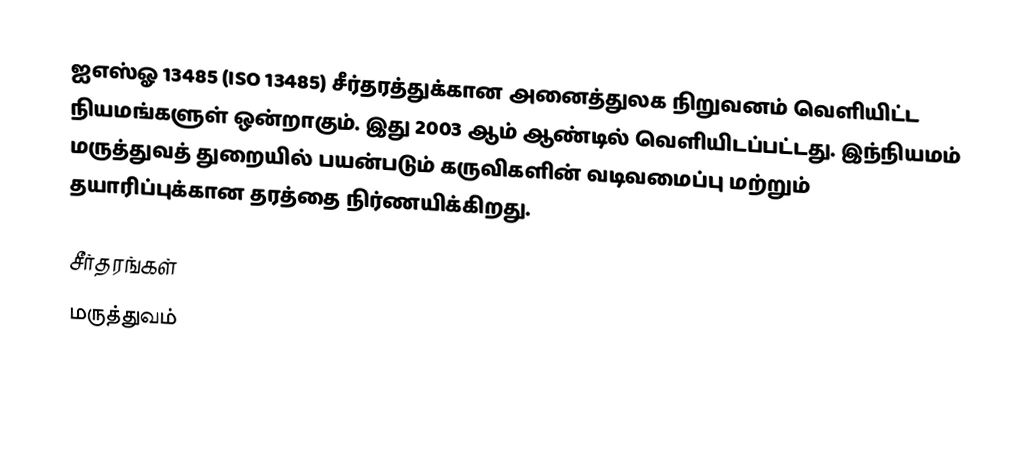
ஐஎஸ்ஓ 13485 (ISO 13485) சீர்தரத்துக்கான அனைத்துலக நிறுவனம் வெளியிட்ட நியமங்களுள் ஒன்றாகும். இது 2003 ஆம் ஆண்டில் வெளியிடப்பட்டது. இந்நியமம்  மருத்துவத் துறையில் பயன்படும் கருவிகளின் வடிவமைப்பு மற்றும் தயாரிப்புக்கான தரத்தை நிர்ணயிக்கிறது.

சீர்தரங்கள்
மருத்துவம்